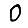
Digit: 0